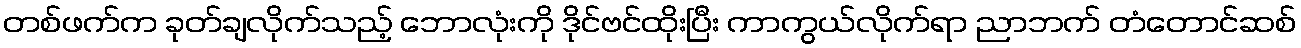
တစ်ဖက်က ခုတ်ချလိုက်သည့် ဘောလုံးကို ဒိုင်ဗင်ထိုးပြီး ကာကွယ်လိုက်ရာ ညာဘက် တံတောင်ဆစ်